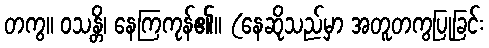
တကွ။ ဝသန္တိ၊ နေကြကုန်၏။ (နေဆိုသည်မှာ အတူတကွပြုခြင်း